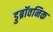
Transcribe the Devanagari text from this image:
डुब्रॉवनिक